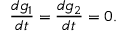
{ \frac { d g _ { 1 } } { d t } } = { \frac { d g _ { 2 } } { d t } } = 0 .